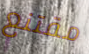
مقتنع